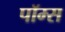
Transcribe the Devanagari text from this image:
पॉम्स